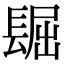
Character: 镼